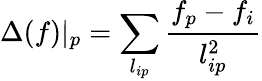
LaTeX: \Delta(f)\vert_{p}=\sum_{l_{ip}}\frac{f_{p}-f_{i}}{l_{ip}^{2}}